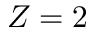
Z = 2